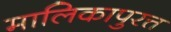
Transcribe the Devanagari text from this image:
मालिकापुरत्त